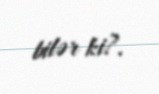
bilər ki?.